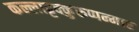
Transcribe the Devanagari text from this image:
कल्लाट्टक्कुरुप्पन्मार